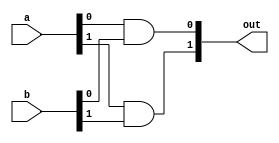
module and_2(out, a, b);
input [1:0] a, b;
output [1:0] out;

and f(out[0], a[0], b[0]),
    s(out[1], a[1], b[1]);
endmodule

module and_4(out, a, b);
input [3:0] a, b;
output [3:0] out;

and_2 f(out[1:0], a[1:0], b[1:0]),
          s(out[3:2], a[3:2], b[3:2]);
endmodule

module and_8(out, a, b);
input [7:0] a, b;
output [7:0] out;

and_4 f(out[3:0], a[3:0], b[3:0]),
          s(out[7:4], a[7:4], b[7:4]);
endmodule

module and_16(out, a, b);
input [15:0] a, b;
output [15:0] out;

and_8 f(out[7:0], a[7:0], b[7:0]),
          s(out[15:8], a[15:8], b[15:8]);
endmodule

module and_32(out, a, b);
input [31:0] a, b;
output [31:0] out;

and_16 f(out[15:0], a[15:0], b[15:0]),
          s(out[31:16], a[31:16], b[31:16]);
endmodule

module and_64(out, a, b);
input [63:0] a, b;
output [63:0] out;

and_32 f(out[31:0], a[31:0], b[31:0]),
          s(out[63:32], a[63:32], b[63:32]);
endmodule